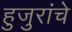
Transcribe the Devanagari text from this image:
हुजुरांचे